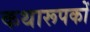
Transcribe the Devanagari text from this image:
कथारूपकों